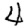
Digit: 4